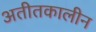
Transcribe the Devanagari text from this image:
अतीतकालीन